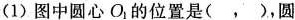
(1)图中圆心O_{1}的位置是( ， )，圆